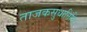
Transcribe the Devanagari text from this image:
ताजकसुधानिधि